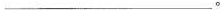
___。